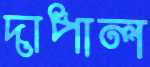
দাপাল